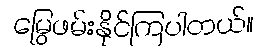
မြွေဖမ်းနိုင်ကြပါတယ်။